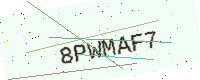
Text: 8PWMAF7